Vaccination in Bombay 1874-1876 - 1874-1876
Year: 1874
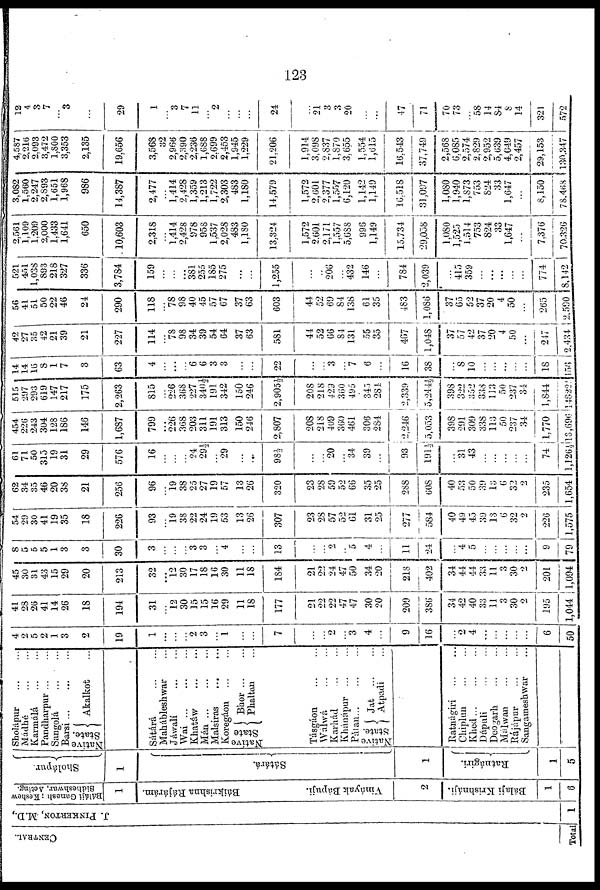
123
CENTRAL.
Total
J. PINKERTON, M.D.,
1
Baláji Ganesh Keshew
Sidheshwar, Acting.
1
Báikrishna Rájárám.
Vináyak Bápuji.
2
Bálaji Krishnáji.
1
6
Sholápur.
1
Sàtárá.
1
Ratnágiri.
1
5
Sholápur ... ...
Mádhé
...
...
Karmálá ... ...
Pandharpur...
...
Sangolá ... ...
Barsi... ... ...
Native
State.
Akalkot ...
Sátárá
...
...
Mahábleshwar ...
Jáwalí
...
...
Wai ... ... ...
Khatáw
...
...
Mán...
...
...
Malsiras
...
...
Koregáon ... ...
Native
State
Bhor ... ...
Phaltan ...
Tásgáon ... ...
Wálwá
...
...
Karhád ... ...
Khánápur ... ...
Pàlan...
...
...
Native
State.
Jat ... ...
Atpadi ...
Ratnágiri
...
...
Chiplun
...
...
Khed
...
Dápuli
...
...
Deogarh
...
...
Málwan ... ...
Rájápur
...
...
Sangameshwar ...
4
2
5
2
1
3
2
19
1
...
...
...
2
3
...
1
...
...
7
...
...
2
...
3
4
...
9
16
...
2
4
...
...
...
...
...
6
50
41
28
26
41
14
26
18
194
31
...
12
30
15
15
16
29
11
18
177
21
22
22
47
47
30
20
209
386
34
42
40
33
11
3
30
2
195
1,044
45
30
31
43
15
29
20
213
32
... 12
30
17
18
16
30
11
18
184
21
22
24
47
50
34
20
218
402
34
44
44
33
11
3
30
2
201
1,094
8
5
5
5
1
3
3
30
3
...
...
...
3
3
...
4
...
...
13
...
...
2
...
5
4
...
11
24
...
4
5
...
...
...
...
...
9
79
54
29
30
41
19
35
18
226
93
... 19
38
22
24
19
53
13
26
307
23
28
57
52
61
31
25
277
584
40
49
45
39
13
6
32
2
226
1,575
62
34
35
46
20
38
21
256
96
...
19
38
25
27
19
57
13
26
320
23
28
59
52
66
35
25
288
608
40
53
50
39
13
6
32
2
235
1,654
61
71
50
315
19
31
29
576
16
...
...
...
24
29½
...
29
...
...
98½
...
...
20
...
34
39
...
93
191½
...
31
43
...
...
...
...
...
74
1,126½
454
226
243
304
128
186
146
1,687
799
... 226
368
203
311
191
313
150
246
2,807
208
218
409
360
461
306
284
2,246
5,053
398
291
309
338
113
50
237
34
1,770
13,696
515
297
293
619
147
217
175
2,263
815
... 226
368
227
340½
191
342
150
246
2,905½
208
218
429
360
495
345
284
2,339
5,244½
398
322
352
338
113
50
237
34
1,844
148221
14
14
16
8
1
7
3
63
4
...
...
...
6
6
3
3
...
...
22
...
...
3
...
7
6
...
16
38
...
8
10
...
...
...
...
...
18
156
42
27
35
42
21
39
21
227
114
... 78
98
34
39
54
64
37
63
581
44
52
66
84
131
55
35
467
1,048
37
57
42
37
20
4
50
...
247
2,434
56
41
51
50
22
46
24
290
118
...
78
98
40
45
57
67
37
63
603
44
52
69
84
138
61
35
483
1,086
37
65
52
37
20
4
50
...
265
2,590
521
451
1,038
893
218
327
336
3,784
159
...
...
...
381
255
185
275
...
...
1,255
...
...
206
...
432
146
...
784
2,039
...
415
359
...
...
...
...
...
774
8,142
2,561
1,109
1,209
2,000
1,433
1,641
650
10,603
2,318
...
1,414
2,428
978
958
1,537
2,028
483
1,180
13,324
1,572
2,601
2,171
1,557
5,688
996
1,149
15,734
29,058
1,080
1,525
1,514
753
824
33
1,647
...
7,376
70,326
3,082
1,560
2,247
2,893
1,651
1,968
986
14,387
2,477
...
1,414
2,428
1,359
1,213
1,722
2,303
483
1,180
14,579
1,572
2,601
2,377
1,557
6,120
1,142
1,149
16,518
31,097
1,080
1,940
1,873
753 824
33
1,647
...
8,150
78,468
4,587
2,216
2,093
3,472
1,800
3,353
2,135
19,656
3,568
32
2,966
2,390
2,236
1,688
2,699
2,453
1,945
1,229
21,206
1,914
3,098
2,837
1,870
3,655
1,554
1,615
16,543
37,749
2,568
6,085
2,574
2,829 2,952
5,639
4,649
2,457
29,153
130,347
12
4
3
7
...
3
...
29
1
...
3
7
11
...
2
...
...
...
24
...
21
3
3
20
...
...
47
71
70
73
...
58 14
84
8
14
321
572